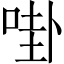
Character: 啩